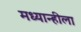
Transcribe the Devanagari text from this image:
मध्यान्हीला